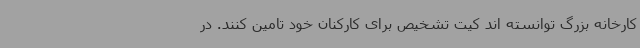
کارخانه بزرگ توانسته اند کیت تشخیص برای کارکنان خود تامین کنند. در